Lunatic asylums Bombay report 1891-1903 - 1891-1903
Year: 1891
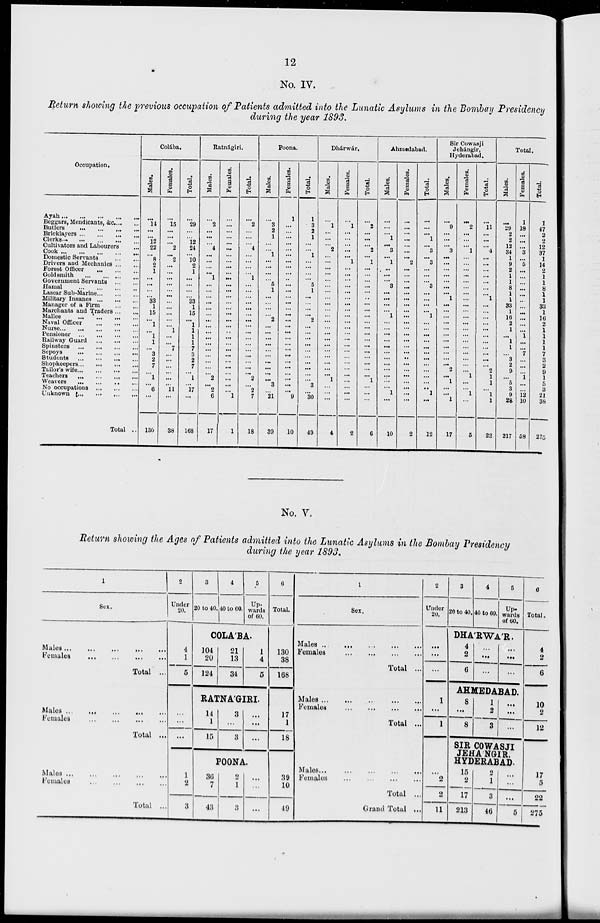
12
No. IV.
Return showing the previous occupation of Patients admitted into the Lunatic Asylums in the Bombay Presidency
during the year 1893.
Occupation.
Ayah ...
...
...
...
...
Beggars, Mendicants, &c. ... ...
Butlers
...
...
...
...
Bricklayers
...
...
...
...
Clerks ... ... ... ... ...
Cultivators and Labourers ...
Cook
...
...
...
...
...
Domestic Servants
...
...
Drivers and Mechanics ... ...
Forest Officer
... ... ...
Goldsmith
...
...
...
...
Government Servants
...
...
Hamal
...
...
...
...
Lascar Sub-Marine ... ... ...
Military Insanes
...
...
...
Manager of a Firm
...
...
Marchants and Traders ... ...
Mallee
...
...
...
...
Naval Officer
...
...
...
Nurse
...
...
...
...
...
Pensioner ... ... ... ... ...
Railway Guard
...
...
...
Spinsters
...
...
...
Sepoys
...
...
...
...
Students ... ... ... ...
Shopkeepers ... ... ... ...
Tailor's wife
...
...
...
Teachers ... ... ... ...
Weavers
...
...
...
...
No occupations
...
...
...
Unknown
...
...
...
...
Total ...
Colába.
Males.
...
14
. ..
...
12
22
...
8
2
1
...
...
...
...
33
1
15
...
1
...
1
1
...
3
2
7
...
1
...
6
...
130
Females.
...
15
...
...
...
2
...
2
...
...
...
...
...
...
...
...
...
...
...
1
...
...
7
...
...
...
...
...
...
11
. ..
38
Total.
...
29
...
...
12
24
...
10
2
1
...
...
...
...
33
1
15
...
1
1
1
1
7
3
2
7
... 1
...
17
. ..
168
Batnágiri.
Males.
...
2
...
...
...
4
...
...
...
...
1
...
...
...
...
...
.. .
...
...
...
...
...
...
...
...
...
... 2
...
2
6
17
Females.
...
...
...
...
...
...
...
...
...
...
...
...
...
...
...
...
...
...
...
..
...
...
...
...
...
...
...
...
...
...
1
1
Total.
...
2
...
...
... 4
. ..
. ..
...
...
1
...
...
...
...
...
...
...
...
...
...
...
...
...
...
...
... 2
...
2
7
18
Poona.
Males.
...
3
2
1
...
...
1
...
...
...
...
5
1
...
...
...
...
2
...
...
...
...
...
...
...
...
...
...
3
...
21
39
Females.
1
...
...
...
...
...
...
...
...
...
...
...
...
...
...
...
...
...
...
...
...
...
...
...
...
...
...
...
...
...
9
10
Total.
1
3
2
1
...
...
1
...
...
...
...
5
1
...
...
...
...
2
...
...
...
...
...
...
...
...
...
...
3
...
30
49
Dhárwár.
Males.
...
1
...
...
... 2
...
...
...
...
...
...
...
...
...
...
...
...
...
...
...
...
...
...
...
...
... 1
...
...
...
4
Females.
...
1
...
...
...
...
...
1
...
...
...
...
...
...
...
...
...
...
...
...
...
...
...
...
...
...
...
...
...
...
...
2
Total.
...
2
...
...
... 2
...
1
...
...
...
...
...
..
...
...
...
...
...
...
...
...
...
...
...
...
... 1
...
...
...
6
Ahmedabad.
Males.
...
...
...
1
...
3
...
1
...
...
...
3
. ..
...
...
...
1
...
...
...
...
...
...
...
...
...
...
...
...
1
...
10
Females.
...
...
...
...
...
...
...
2
...
...
...
...
...
...
...
...
...
...
...
...
...
...
...
..
...
...
...
...
...
...
...
2
Total.
...
...
...
1
... 3
...
3
...
...
...
3
...
...
...
...
1
...
...
...
...
...
...
...
...
...
...
...
..
1
. ..
12
Sir Cowasji
Jehángir ,
Hyderabad.
Males.
...
9
...
...
... 3
...
...
...
...
...
...
...
1
...
...
...
...
...
...
...
...
...
...
... 2
. .. 1
...
...
1
17
Females.
...
2
...
...
... 1
...
...
...
...
...
...
...
...
...
...
...
...
...
...
...
...
...
...
...
...
1
...
...
1
...
5
Total.
...
11
...
...
... 4
...
...
...
...
...
...
...
1
...
...
...
...
...
...
...
...
...
...
...
2
1
1
. . .
1
1
22
Total.
Males.
...
29
2
2
12
34
1
9
2
1
1
8
1
1
33
1
16
2
1
...
1
1
...
3
2
9
... 5
3
9
28
217
Females.
1
18
...
...
...
3
...
5
...
...
. ..
. ..
...
...
. ..
. ..
...
. ..
...
1
...
...
7
. ..
...
...
1
...
...
12
10
58
Total.
1
47
2
2
12
37
1
14
2
1
1
8
1
1
33
1
16
2
1
1
1
1
7
3
2
9
1
5
3
21
38
215
No. V.
Return showing the Ages of Patients admitted into the Lunatic Asylums in the Bombay Presidency
during the year 1893.
1
Sex.
Males
... ... ... ... ...
Females ... ... ... ...
Total ...
Males
...
...
...
...
Females ... ... ... ...
Total ...
Males ... ... ... ... ...
Females
...
...
...
...
Total ...
2
Under
20.
4
1
5
...
...
...
1
2
3
3
20 to 40.
4
40 to 60.
5
Up-
wards
of 60.
COLA'BA.
104
20
124
21
13
34
1
4
5
RATNA'GIRI.
14
1
15
3
...
3
...
...
...
POONA.
36
7
43
2
1
3
...
...
...
6
Total.
130
38
168
17
1
18
39
10
49
1
Sex.
Males
...
...
...
...
...
Females
...
...
...
...
Total ...
Males
...
...
...
...
Females ... ... ... ...
Total ...
Males...
...
...
...
...
Females
...
...
...
...
Total ...
Grand Total ...
2
Under
20.
...
...
...
1
. . .
1
...
2
2
11
3
20 to 40.
4
40 to 60.
5
Up-
wards
of 60.
DHA'RWA'R.
4
2
6
...
...
...
...
...
...
AHMEDABAD.
8
...
8
1
2
3
...
...
...
SIR COWASJI
JEHANGIR,
HYDERABAD.
15
2
17
213
2
1
3
46
...
...
...
5
6
Total.
4
2
6
10
2
12
17
5
22
275